Sanitation, dispensaries and jails vaccination Rajputana 1922-1927 - 1922-1927
Year: 1922
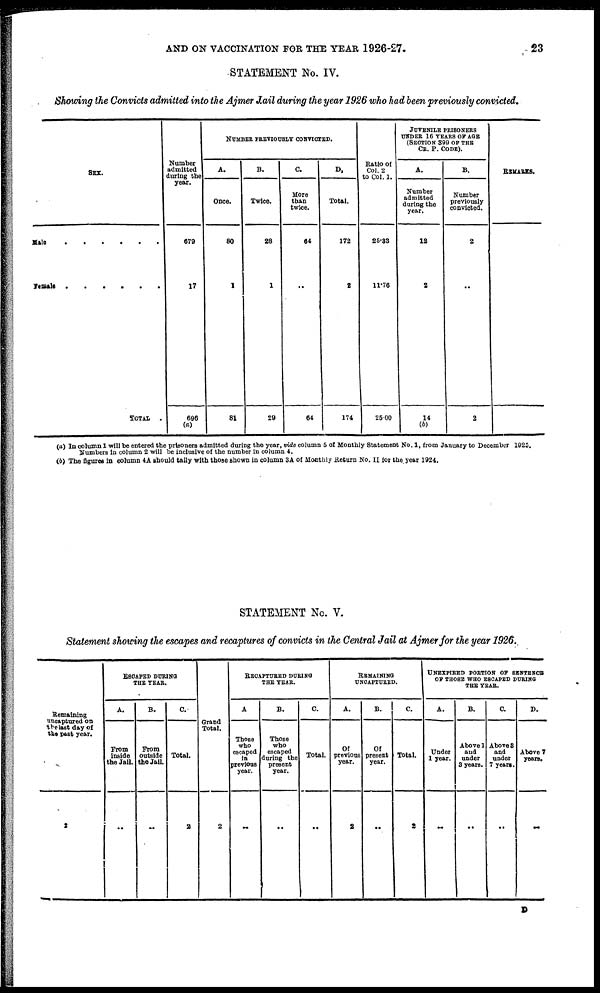
AND ON VACCINATION FOR THE YEAR 1926-27.
23
STATEMENT No. IV.
Showing the Convicts admitted into the Ajmer Jail during the year 1926 who had been previously convicted.
SEX.
Male . . . . . . .
Female . . . . . .
TOTAL .
Number
admitted
during the
year.
679
17
696
(a)
NUMBER PREVIOUSLY CONVICTED.
A.
Once.
80
1
81
B.
Twice.
28
1
29
C.
More
than
twice.
64
..
64
D.
Total.
172
2
174
Ratio of
Col. 2
to Col. 1.
25.83
11.76
25.00
JUVENILE PRISONERS
UNDER 16 YEARS OF AGE
(SECTION 399 OF THE
CR. P. CODE).
A.
Number
admitted
during the
year.
12
2
14
(b)
B.
Number
previously
convicted.
2
..
2
REMARKS.
(a) In column 1 will be entered the prisoners admitted during the year, vide column 5 of Monthly Statement No. 1, from January to December 1925.
Numbers in column 2 will be inclusive of the number in column 4.
(b) The figures in column 4A should tally with those shown in column 3A of Monthly Return No. II for the year 1924.
STATEMENT No. V.
Statement showing the escapes and recaptures of convicts in the Central Jail at Ajmer for the year 1926.
Remaining
uncaptured on
the last day of
the past year.
2
ESCAPED DURING
THE YEAR.
A.
From
inside
the Jail.
..
B.
From
outside
the Jail.
..
C.
Total.
2
Grand
Total.
2
RECAPTURED DURING
THE TEAR.
A
Those
who
escaped
in
previous
year.
..
B.
Those
who
escaped
during the
present
year.
..
C.
Total.
..
REMAINING
UNCAPTURED.
A.
Of
previous
year.
2
B.
Of
present
year.
..
C.
Total.
2
UNEXPIRED PORTION OF SENTENCE
OF THOSE WHO ESCAPED DURING
THE YEAR.
A.
Under
1 year.
..
B.
Above1
and
under
3 years.
..
C.
Above 8
and
under
7 years.
..
D.
Above 7
years.
..
D